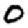
Digit: 0